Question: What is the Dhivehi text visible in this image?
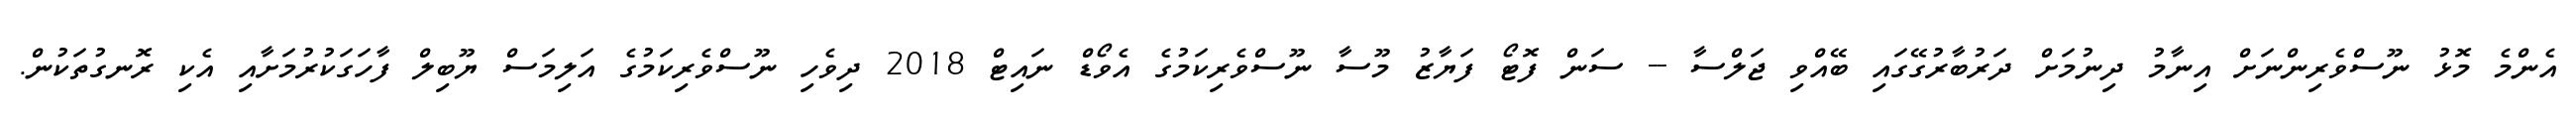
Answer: އެންމެ މޮޅު ނޫސްވެރިންނަށް އިނާމު ދިނުމަށް ދަރުބާރުގޭގައި ބޭއްވި ޖަލްސާ -- ސަން ފޮޓޯ ފަޔާޒު މޫސާ ނޫސްވެރިކަމުގެ އެވޯޑް ނައިޓް 2018 ދިވެހި ނޫސްވެރިކަމުގެ އަލިމަސް ޔޫބިލް ފާހަގަކުރުމަށާއި އެކި ރޮނގުތަކުން.